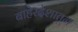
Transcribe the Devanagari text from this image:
बाहेरदेशातून